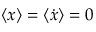
\langle x \rangle = \langle \dot { x } \rangle = 0